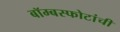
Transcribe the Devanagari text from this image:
बॉम्बस्फोटांची